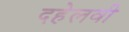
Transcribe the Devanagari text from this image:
दहेलवी